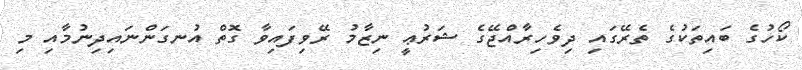
ކޯހުގެ ބައިތަކުގެ ތެރޭގައި ދިވެހިރާއްޖޭގެ ޝަރުޢީ ނިޒާމު ރޭވިފައިވާ ގޮތް އުނގަންނައިދިނުމާއި މި